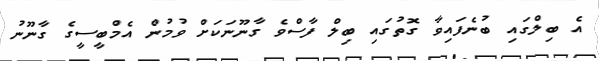
އެ ބިލްގައި ބުނެފައިވާ ގޮތުގައި ބިލް ފާސްވެ ގާނޫނަކަށް ވުމުން އެމްބީސީގެ ގާނޫނު